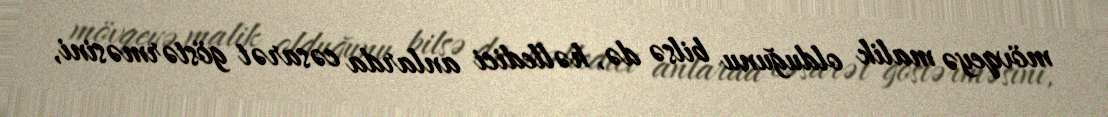
mövqeyə malik olduğunu bilsə də, həlledici anlarda cəsarət göstərməsini,